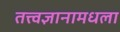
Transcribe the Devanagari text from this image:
तत्त्वज्ञानामधला